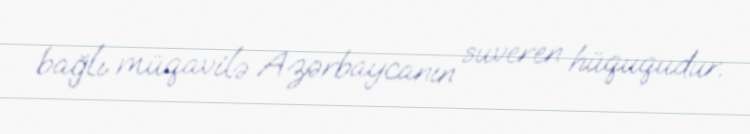
bağlı müqavilə Azərbaycanın suveren hüququdur.